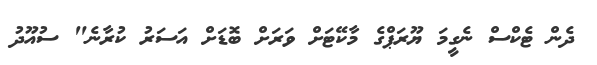
ދެން ޓެކްސް ނެގީމަ ޔޫރަޕްގެ މާކޭޓަށް ވަރަށް ބޮޑަށް އަސަރު ކުރާނެ" ސުއޫދު